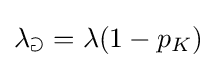
\mathbb {\lambda _{a}} =\lambda (1-p_{K})